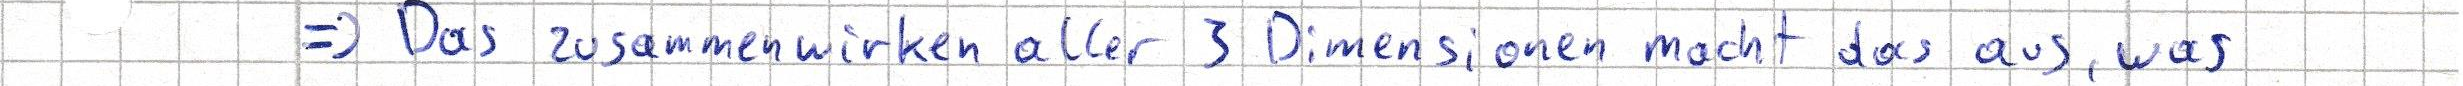
=> Das zusammenwirken aller 3 Dimensionen macht das aus, was